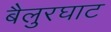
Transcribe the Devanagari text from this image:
बैलुरघाट